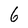
Character: 6